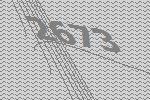
2673